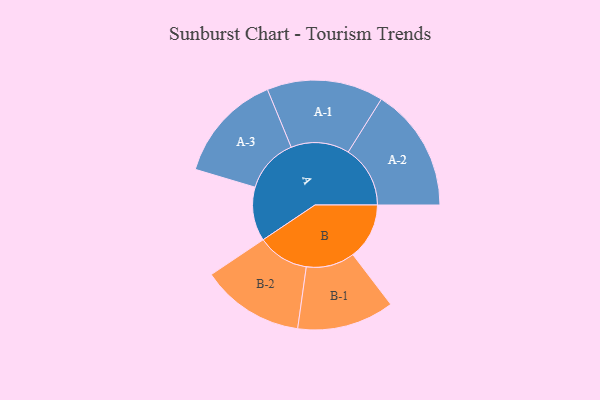
{"axis": {"x": "Segment", "y": "Value"}, "legend": ["", "A", "B"], "data": [{"x": "A", "y": 248, "type": ""}, {"x": "B", "y": 259, "type": ""}, {"x": "A-1", "y": 268, "type": "A"}, {"x": "A-2", "y": 285, "type": "A"}, {"x": "A-3", "y": 251, "type": "A"}, {"x": "B-1", "y": 223, "type": "B"}, {"x": "B-2", "y": 237, "type": "B"}]}